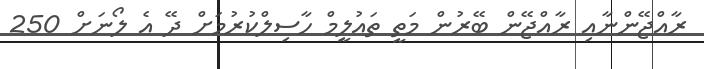
ރާއްޖޭންނާއި ރާއްޖޭން ބޭރުން މަތީ ތައުލީމް ހާސިލްކުރުމަށް ދޭ އެ ލޯނަށް 250